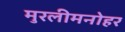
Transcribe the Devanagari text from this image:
मुरलीमनोहर